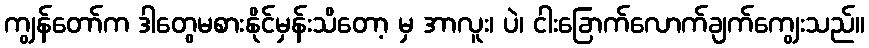
ကျွန်တော်က ဒါတွေမစားနိုင်မှန်းသိတော့ မှ အာလူး၊ ပဲ၊ ငါးခြောက်လောက်ချက်ကျွေးသည်။